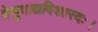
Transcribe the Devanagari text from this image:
वेणुवाद्यविशारदः।